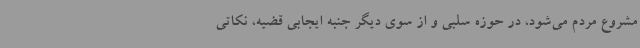
مشروع مردم می‌شود، در حوزه سلبی و از سوی دیگر جنبه ایجابی قضیه، نکاتی